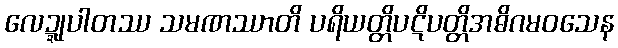
လေဍ္ဍုပါတဿ သမဏဿာတိ ပရိယတ္တိပဋိပတ္တိအဓိဂမဝသေန